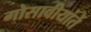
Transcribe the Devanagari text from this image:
गोसावीयांतें